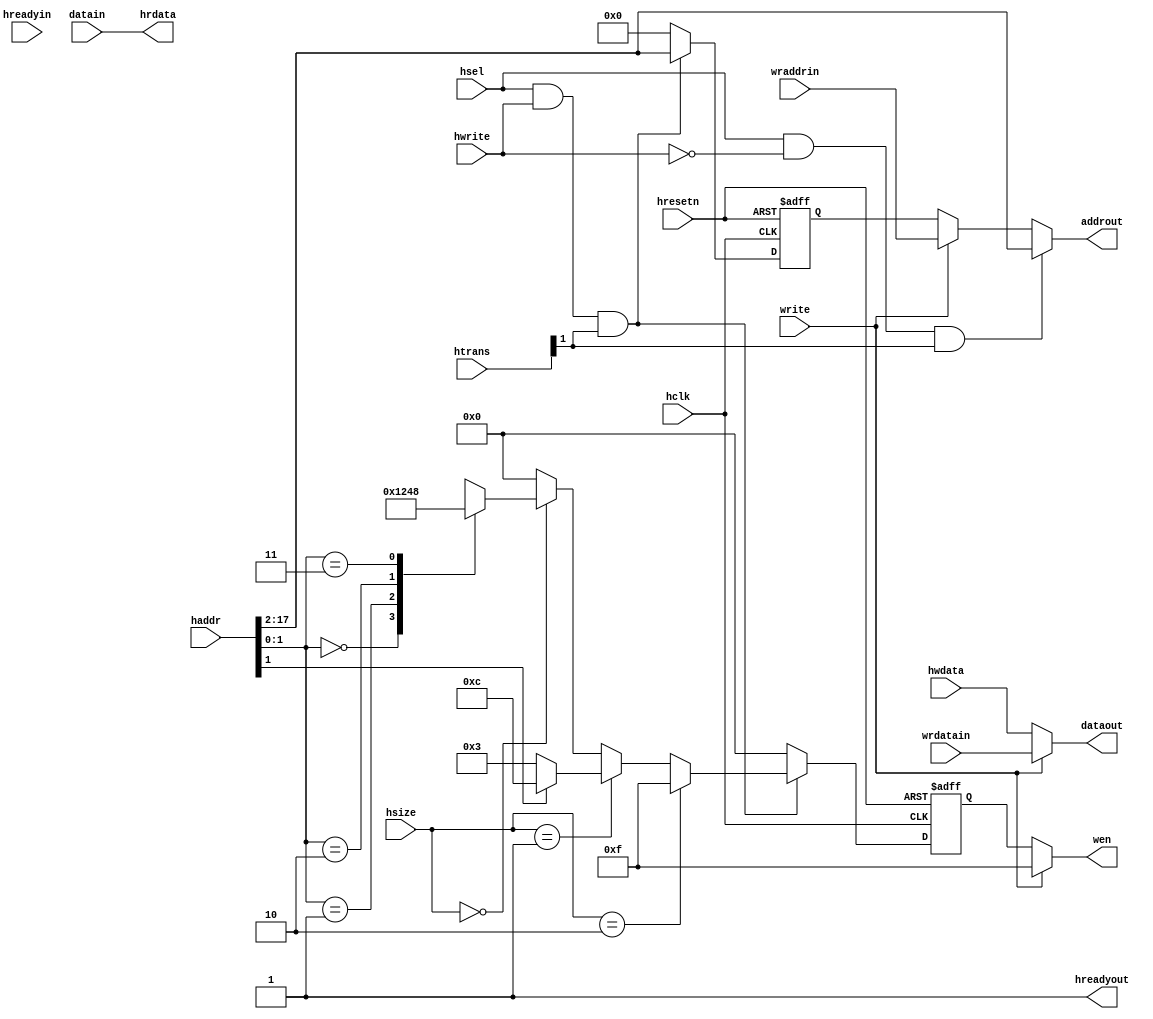

module AHB_if
(
	input wire			 hsel,
	input wire			 hclk,
	input wire			 hresetn,

	input wire			 write,
	input wire	[15:0]	 wraddrin,
	input wire	[31:0]	 wrdatain,

	input wire			 hreadyin,	
	input wire  [ 1:0]   htrans,
	input wire			 hwrite,
	input wire  [ 2:0]   hsize,
	input wire  [31:0] 	 haddr,	
	input wire  [31:0] 	 hwdata,

	input wire  [31:0] 	 datain,
	
	output wire [31:0] 	 hrdata,
	output wire 		 hreadyout,
	
	output wire [ 3:0] 	 wen,
	// output wire [ 3:0] 	 ren,
	output wire [31:0] 	 dataout,
	output wire [15:0] 	 addrout
);

wire [15:0] 	 waddrout;
wire [15:0] 	 raddrout;


//
assign 	hreadyout = 1'b1;


//
reg[3:0]	cs;

always@(*)
begin
	if(hsize == 2'b10)
		cs = 4'b1111;
	else if(hsize == 2'b01)
		begin
			if(haddr[1] == 1'b0)
				cs = 4'b0011;
			else
				cs = 4'b1100;
		end
	else if(hsize == 2'b00)
		begin
			case(haddr[1:0])
				2'b00:   cs = 4'b0001;
				2'b01:   cs = 4'b0010;
				2'b10:   cs = 4'b0100;
				2'b11:   cs = 4'b1000;
			endcase
		end
	else
		cs = 4'b0000;
end

//
reg  [3:0]	wen_r;
reg [15:0]	waddrout_r;

always@(posedge hclk or negedge hresetn)
begin
	if(!hresetn)
		begin
			wen_r <= 4'b0;
			waddrout_r <= 16'b0;
		end
	else if(hsel & hwrite & htrans[1])
		begin
			wen_r <= cs;
			waddrout_r <= haddr[17:2];
		end
	else
		begin
			wen_r <= 4'b0;
			waddrout_r <= 16'b0;
		end
end

assign	wen 	 = (write) ? 4'b1111  : wen_r;
assign	waddrout = (write) ? wraddrin : waddrout_r;
assign 	dataout  = (write) ? wrdatain : hwdata;

//
assign	raddrout = haddr[17:2];
// assign	ren = (hsel & !hwrite & htrans[1])? cs : 4'b0000;
assign 	hrdata  = datain;

assign	addrout = (hsel & !hwrite & htrans[1]) ? raddrout : waddrout;




endmodule